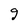
Character: g